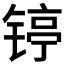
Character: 𲈏